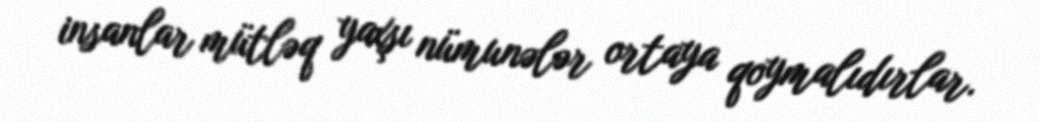
insanlar mütləq yaxşı nümunələr ortaya qoymalıdırlar.